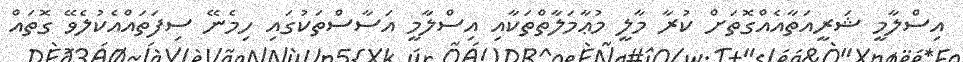
އިސްލާމީ ޝަރީއަތާއެއްގޮތަށް ކުރާ މާލީ މުޢާމަލާތްތަކާއި އިސްލާމީ އަސާސްތަކުގައި ހިމެނޭ ސިފަތައްއެކުލެވޭ ގޮތައް